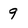
Character: 9